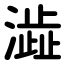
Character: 澁